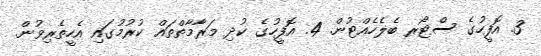
3. އޮފީހުގެ ސްޓޯރ ބެލެހެއްޓުން. 4. އޮފީހުގެ ކުދި މަރާމާތްތައް ކުރުމުގައި އެހީތެރިވުން.